Scottish Leaving Certificate Examination, 1958
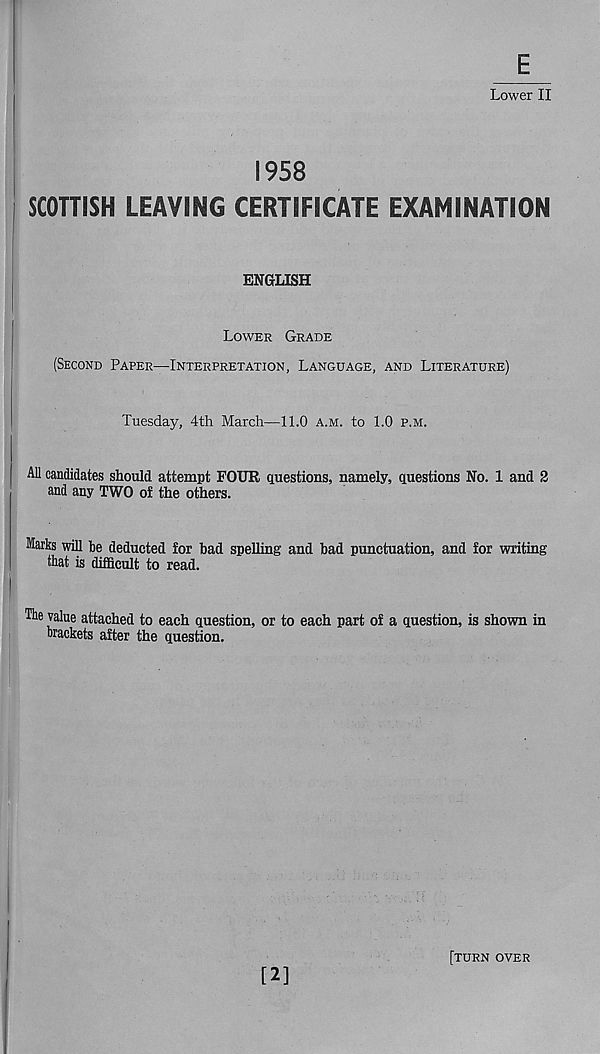
E
Lower II
1958
SCOTTISH LEAVING CERTIFICATE EXAMINATION
ENGLISH
LOWER GRADE
(SECOND PAPER—INTERPRETATION, LANGUAGE, AND LITERATURE)
Tuesday, 4th March—11.0 A.M. to 1.0 P.M.
All candidates should attempt FOUR questions, namely, questions No. 1 and 2
and any TWO of the others.
Marks will be deducted for bad spelling and bad punctuation, and for writing
that is difficult to read.
The value attached to each question, or to each part of a question, is shown in
brackets after the question.
[2]
[TURN OVER